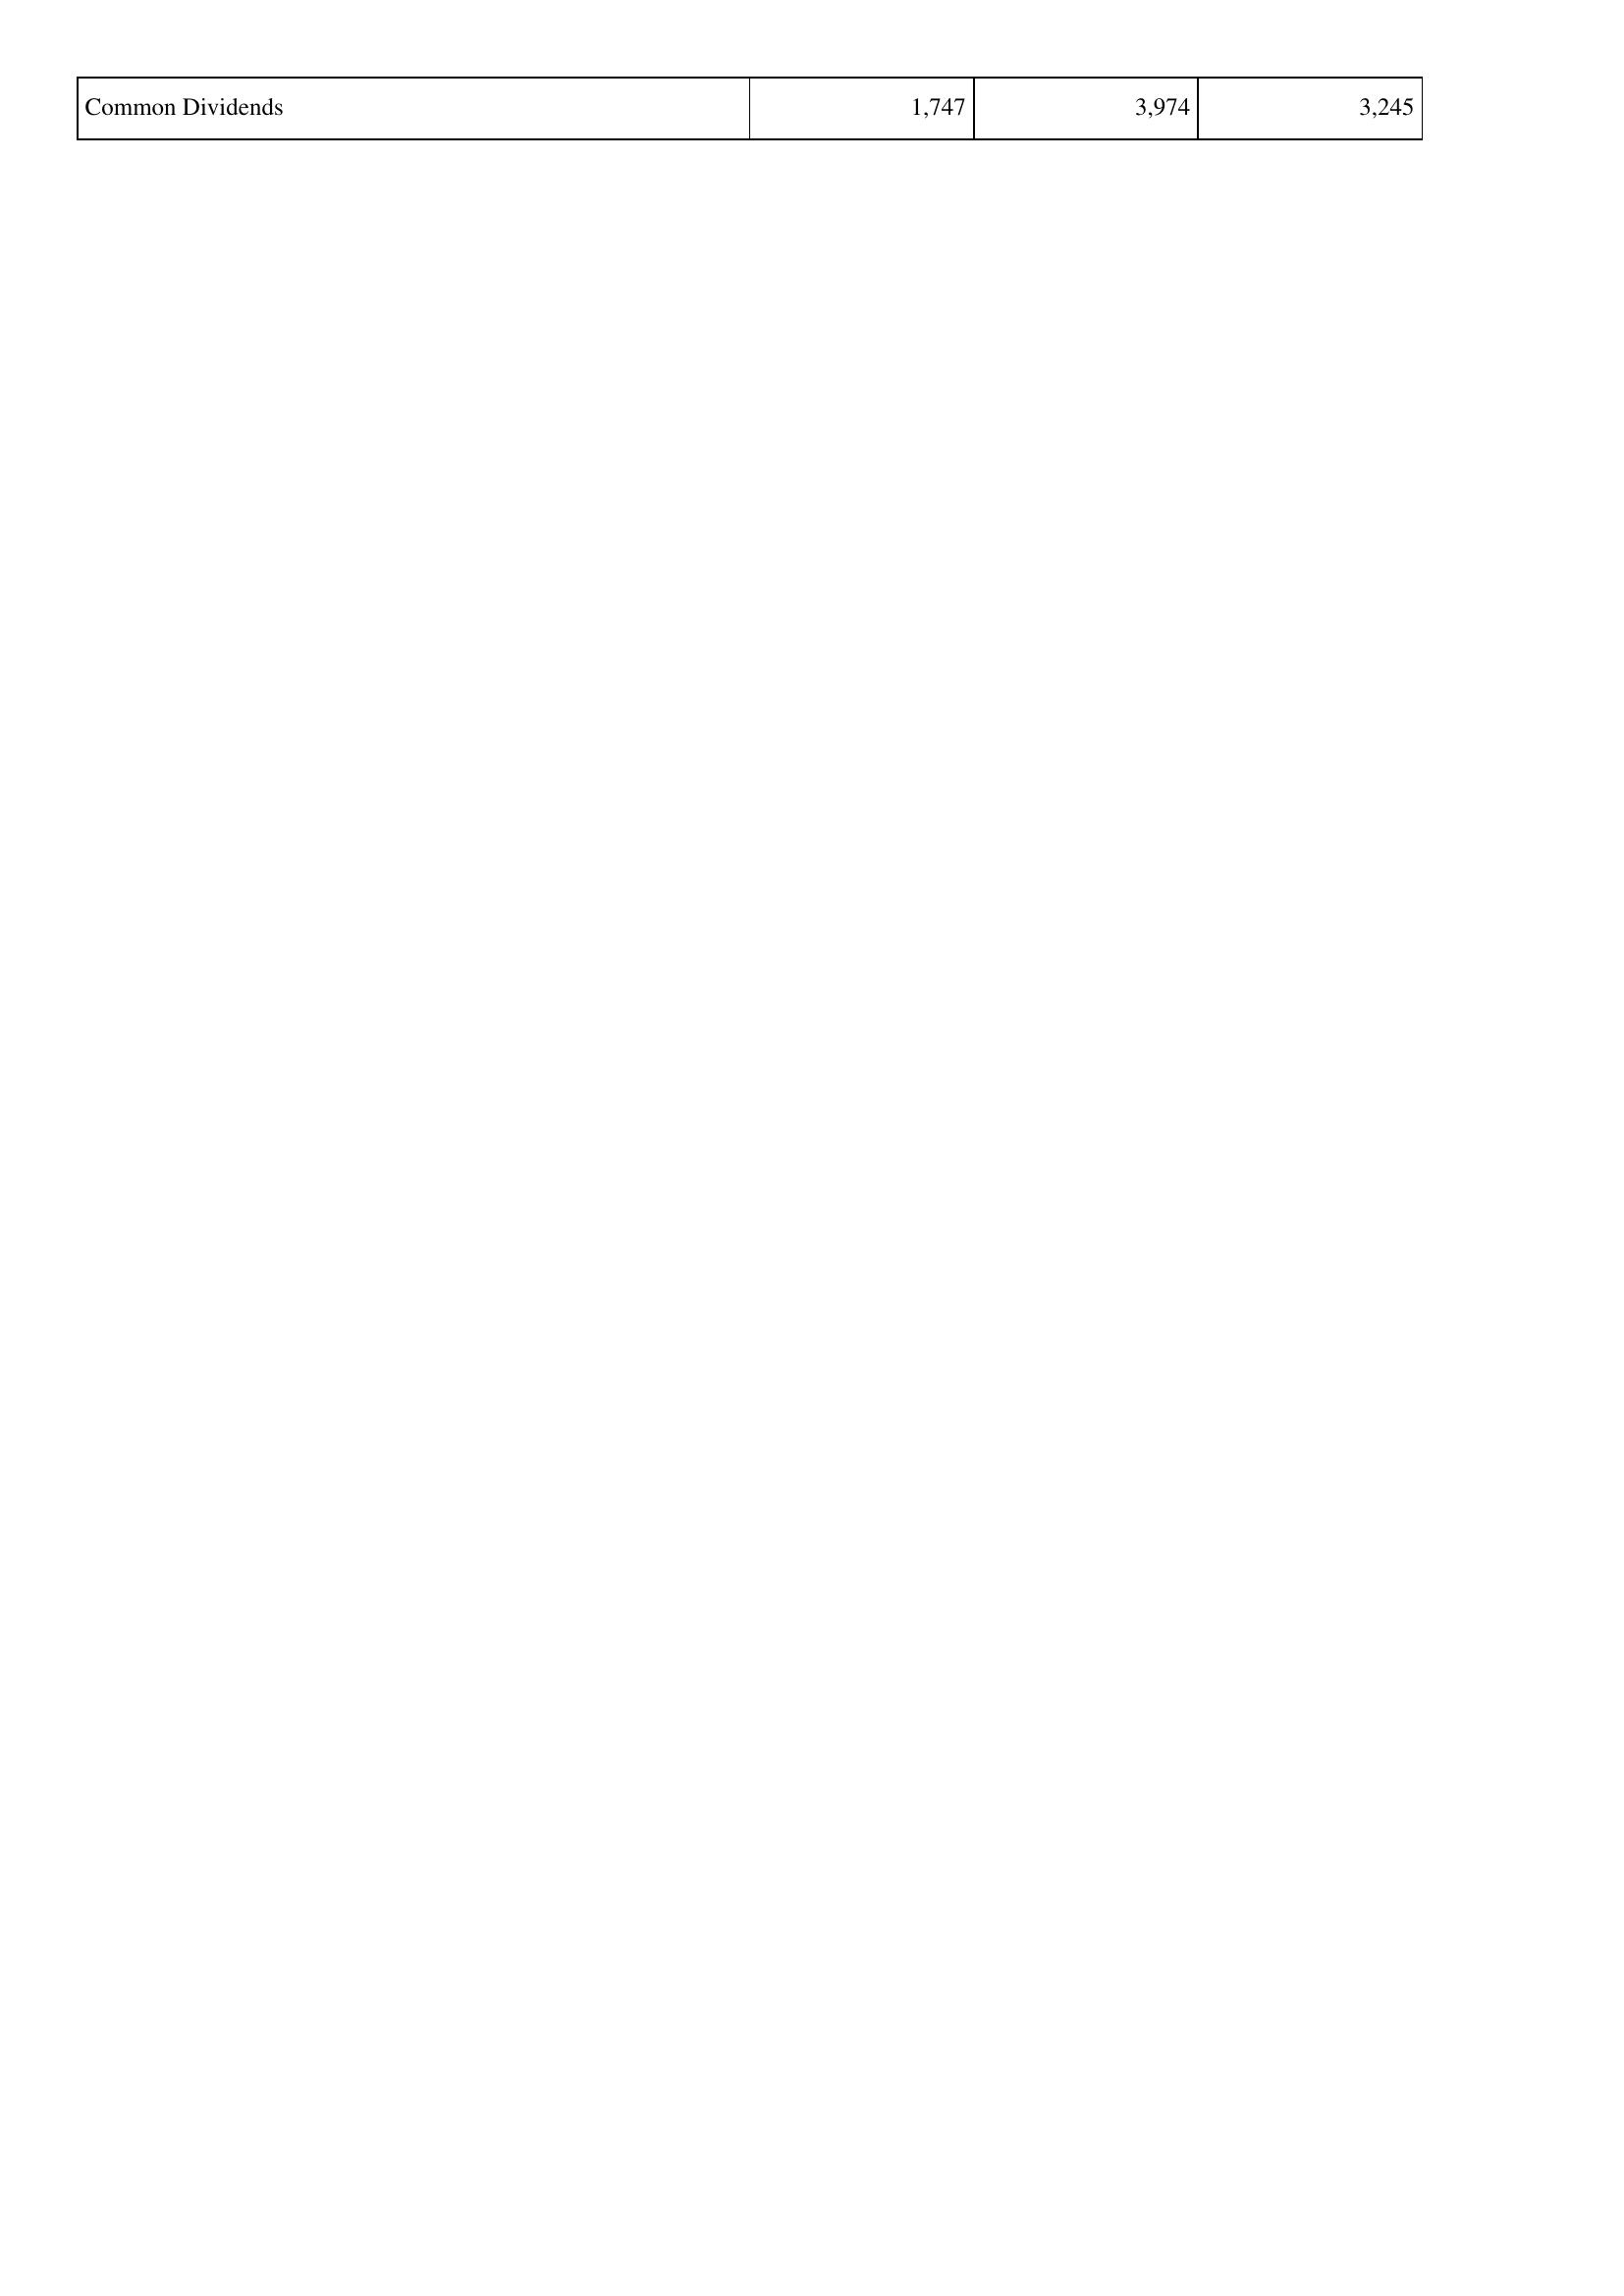
2018: Financing Activities: Common Dividends: 1,747
2019: Financing Activities: Common Dividends: 3,974
2020: Financing Activities: Common Dividends: 3,245